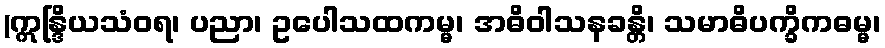
(ဣန္ဒြိယသံဝရ၊ ပညာ၊ ဥပေါသထကမ္မ၊ အဓိဝါသနခန္တိ၊ သမာဓိပက္ခိကဓမ္မ၊